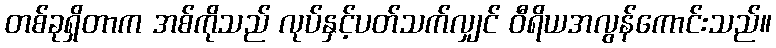
တစ်ခုရှိတာက အစ်ကိုသည် လုပ်နှင့်ပတ်သက်လျှင် ဝီရိယအလွန်ကောင်းသည်။